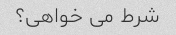
شرط می خواهی؟